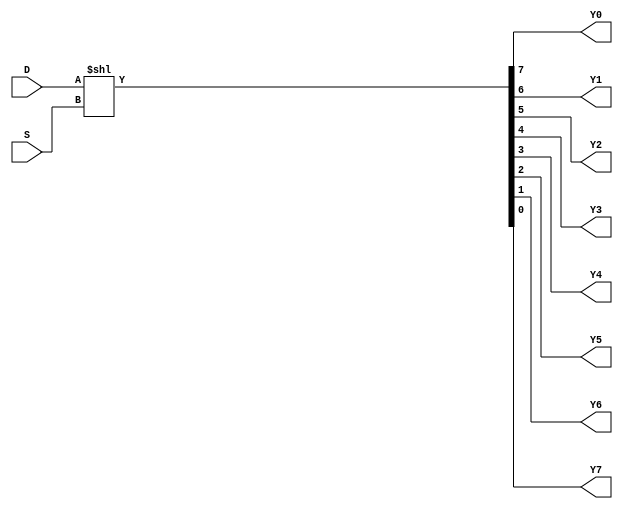
module demux_8_1(D, S, Y0,Y1,Y2,Y3,Y4,Y5,Y6,Y7);
  input         D;
  input   [2:0] S;
  output  Y0,Y1,Y2,Y3,Y4,Y5,Y6,Y7;
  assign {Y0,Y1,Y2,Y3,Y4,Y5,Y6,Y7} = D << S; 
endmodule